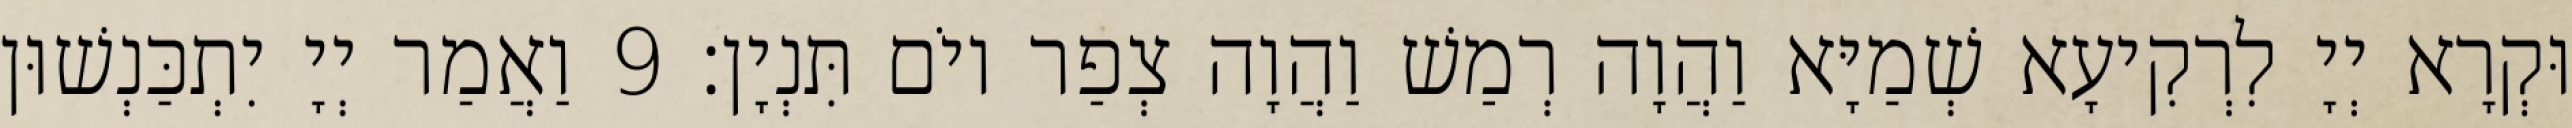
וּקְרָא יְיָ לִרְקִיעָא שְׁמַיָּא וַהֲוָה רְמַשׁ וַהֲוָה צְפַר יוֹם תִּנְיָן׃ 9 וַאֲמַר יְיָ יִתְכַּנְשׁוּן